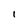
Character: 1